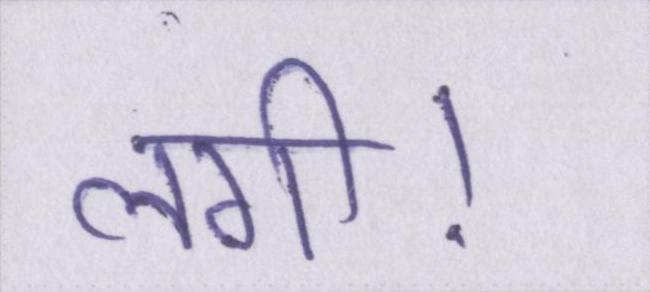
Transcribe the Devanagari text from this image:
लगी।